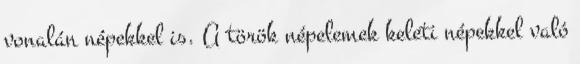
vonalán népekkel is. A török népelemek keleti népekkel való